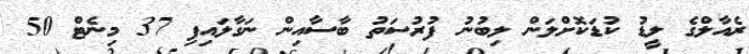
ރެއާލްގެ ލީޑު ކުޑަކޮށްލަން ލިބުނު ފުރުސަތު ބާސާއިން ނަގާލައިފި 37 މިނެޓް 50